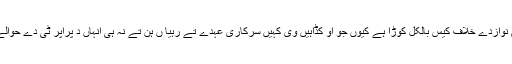
انھاں آکھیا جو پی ٹی آئی ولوں مریم نوازدے خلاف کیس بالکل کوڑا ہے کیوں جو او کڈاہیں وی کہیں سرکاری عہدے تے رہیا ں ہن تے نہ ہی انہاں د پراپر ٹی دے حوالے نال کوئی جھیڑا سامنڑے آیا ہے ۔